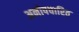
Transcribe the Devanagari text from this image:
अनोपचारित